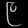
Digit: ၉